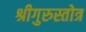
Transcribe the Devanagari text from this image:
श्रीगुरुस्तोत्र